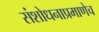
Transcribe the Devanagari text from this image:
संशोधनाप्रमाणेच